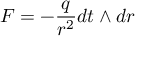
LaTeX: F = - \frac { q } { r ^ { 2 } } d t \wedge d r